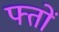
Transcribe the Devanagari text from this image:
फ्तों